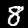
Label: 8